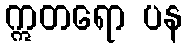
ဣတရော ပန